system: You are a helpful assistant.
user:
Analyze the provided spectrum to determine if it is a **"Cataclysmic Variables (CV)"**.

- **Key Indicators for CV (Check for either state):**
    - **State 1: Quiescent / Low-State (Emission-Dominated)**
        - **(Primary):** Strong and *very broad* Hydrogen Balmer emission lines (e.g., $H\alpha$ at 6563 Å, $H\beta$ at 4861 Å). The 'broadness' (high velocity dispersion, often FWHM > 1000 km/s) is the key diagnostic, indicating a high-velocity accretion disk.
        - **(Secondary):** Broad neutral Helium (He I) emission lines (e.g., 5876 Å, 6678 Å).
        - **(Key Confirmation):** Presence of high-excitation *ionized* Helium (He II) emission at 4686 Å. This is a strong indicator of accretion onto a white dwarf.
        - **(Line Profile):** Emission lines may exhibit a 'double-peaked' profile, which is a classic signature of a rotating accretion disk viewed at high inclination.

    - **State 2: Outburst / High-State (Absorption-Dominated)**
        - **(Primary):** Spectrum is dominated by a bright, blue continuum (looks like a hot star).
        - **(Secondary):** The emission lines from State 1 are weak, absent, or 'filled in', and are replaced by broad, shallow *absorption* lines (primarily Balmer and He I).
        - **(Morphology):** The overall spectrum mimics a hot B/A-type star. The crucial difference is that the absorption lines are significantly broader, shallower, and more 'washed-out' (or 'smeared') than the sharp lines of a normal stellar photosphere, due to high rotational speeds and pressure broadening in the disk.

Think first, call **spectral_visualization_tool** if needed to examine features in detail, then provide your final answer. Your response must adhere to the following strict rules:
1.  **Overall Structure:** Your response must follow the format `<think>...</think> <tool_call>...</tool_call> (if a tool is used) <answer>...</answer>`.
2.  **Tool Usage Constraint:** You may only make **one** tool call per turn.
3.  **Final Answer Format:** In the `<answer>` tag, your conclusion must be inside a `\boxed{}` command (e.g., `\boxed{YES}`), followed by your justification.

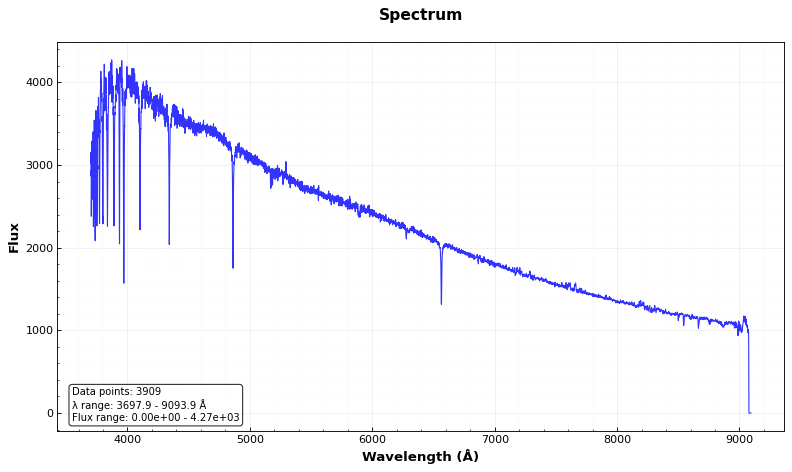
Answer: NO